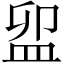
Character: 𥁚